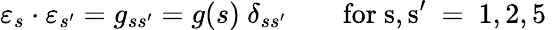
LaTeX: \varepsilon_{s}\cdot\varepsilon_{s^{\prime}}=g_{ss^{\prime}}=g(s)\ \delta_{ss^{\prime}}\qquad\mathrm{for~s,s^{\prime}~=~1,2,5~}